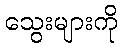
သွေးများကို